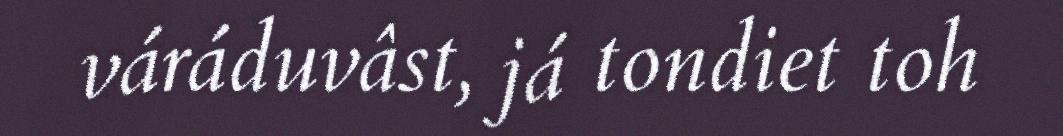
váráduvâst, já tondiet toh